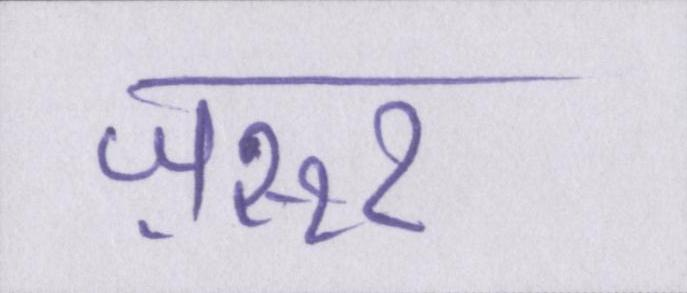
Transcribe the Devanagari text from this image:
ज़रूर